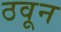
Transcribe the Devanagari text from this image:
ठवून